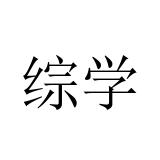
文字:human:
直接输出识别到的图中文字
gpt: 综学